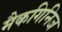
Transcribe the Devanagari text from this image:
मैकगिनिज